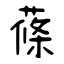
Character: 蓧